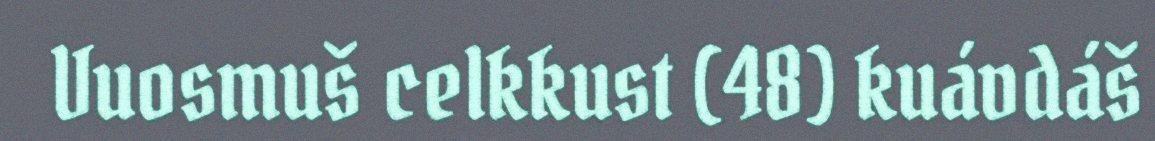
Vuosmuš celkkust (48) kuávdáš